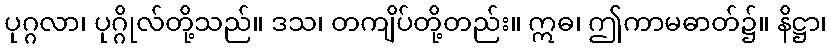
ပုဂ္ဂလာ၊ ပုဂ္ဂိုလ်တို့သည်။ ဒသ၊ တကျိပ်တို့တည်း။ ဣဓ၊ ဤကာမဓာတ်၌။ နိဋ္ဌာ၊